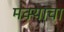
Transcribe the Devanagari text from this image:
मक्याचा